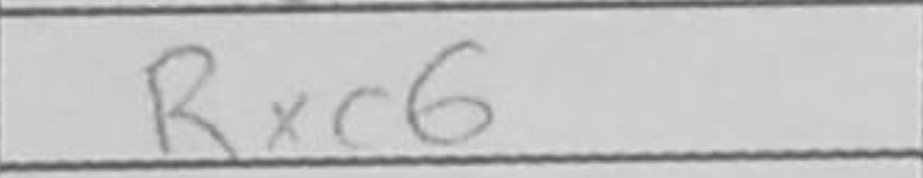
Transcription: Rxc6